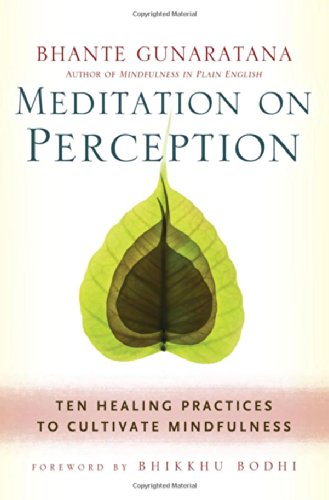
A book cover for Meditation on Perception: Ten Healing Practices to Cultivate Mindfulness; Bhante Henepola Gunaratana; Religion & Spirituality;